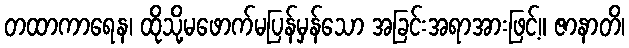
တထာကာရေန၊ ထိုသို့မဖောက်မပြန်မှန်သော အခြင်းအရာအားဖြင့်။ ဇာနာတိ၊